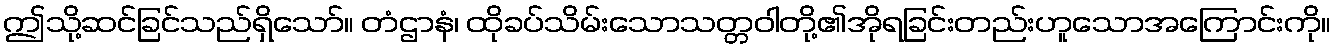
ဤသို့ဆင်ခြင်သည်ရှိသော်။ တံဌာနံ၊ ထိုခပ်သိမ်းသောသတ္တဝါတို့၏အိုရခြင်းတည်းဟူသောအကြောင်းကို။